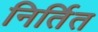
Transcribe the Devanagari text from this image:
निर्तित